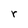
Character: r